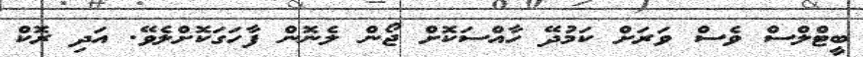
ބީޓްލްސް ވެސް ވަރަށް ކަމުދޭ ހާއްސަކޮށް ޖޯން ލެނޮން ފާހަގަކޮށްލެވޭ. އަދި ރޮކް